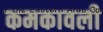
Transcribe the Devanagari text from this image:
कमकावली